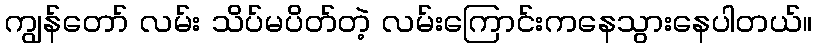
ကျွန်တော် လမ်း သိပ်မပိတ်တဲ့ လမ်းကြောင်းကနေသွားနေပါတယ်။